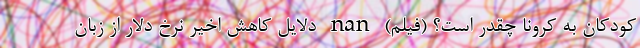
کودکان به کرونا چقدر است؟ (فیلم) nan دلایل کاهش اخیر نرخ دلار از زبان